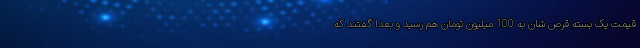
قیمت یک بسته قرص شان به 100 میلیون تومان هم رسید و بعداً گفتند که